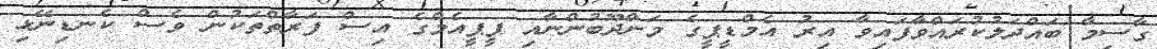
ގާސިމާ ބައްދަލުކުރައްވާފައިވާ އިރު އެމްޑީޕީގެ މަންދޫބުންނާއި ޕީޕީއެމްގެ އިސް ފަރާތްތަކުން ވެސް ކެނޑިނޭޅި